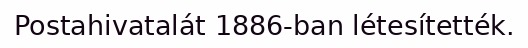
Postahivatalát 1886-ban létesítették.